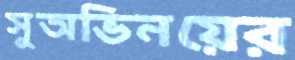
সুঅভিনয়ের